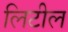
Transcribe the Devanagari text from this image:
लिटील